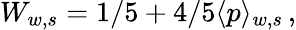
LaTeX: W_{w,s}=1/5+4/5\langle p\rangle_{w,s}\, ,